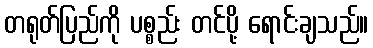
တရုတ်ပြည်ကို ပစ္စည်း တင်ပို့ ရောင်းချသည်။